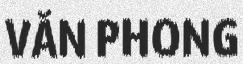
VĂN PHONG